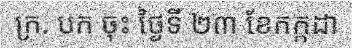
ក្រ. បក ចុះ ថ្ងៃទី ២៣ ខែកក្កដា